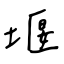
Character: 堰